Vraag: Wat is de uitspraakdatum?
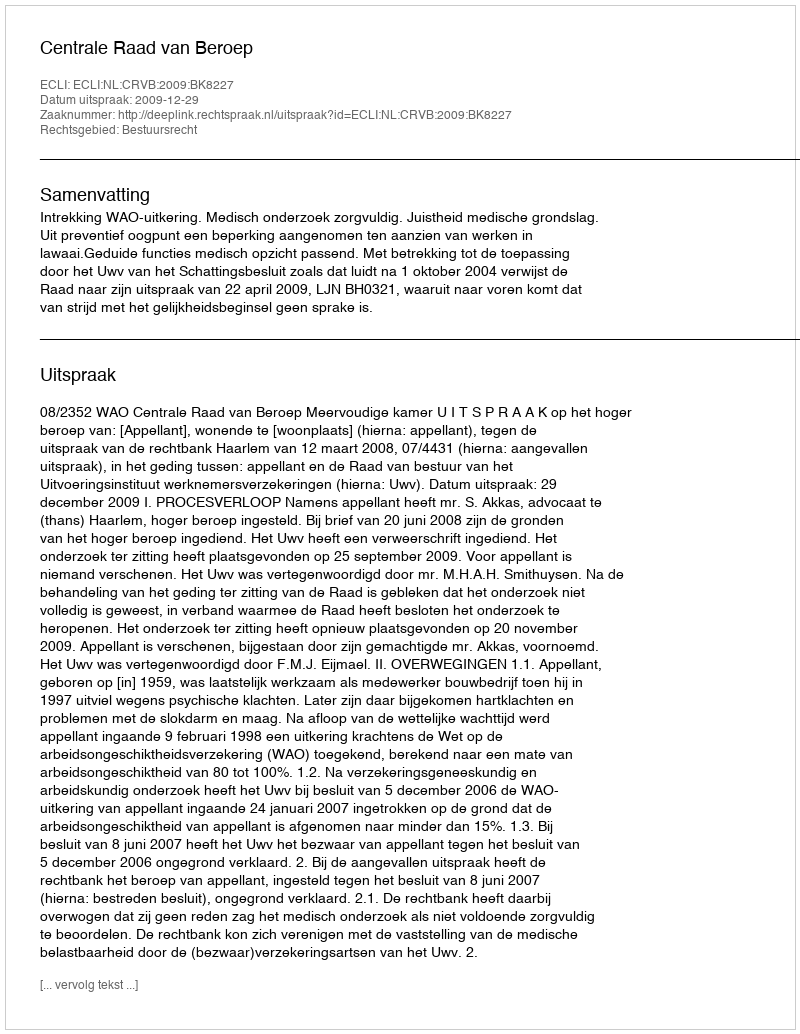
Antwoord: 2009-12-29